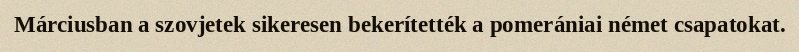
Márciusban a szovjetek sikeresen bekerítették a pomerániai német csapatokat.